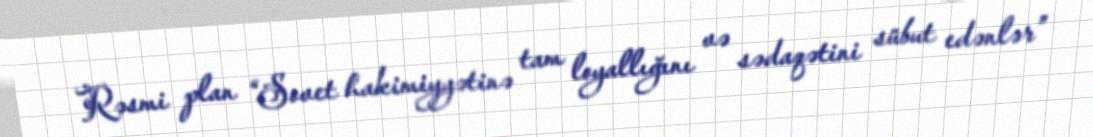
Rəsmi plan “Sovet hakimiyyətinə tam loyallığını və sədaqətini sübut edənlər”